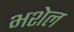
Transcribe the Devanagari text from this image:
भशेल